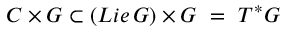
C \times G \subset ( L i e \, G ) \times G \ = \ T ^ { * } G